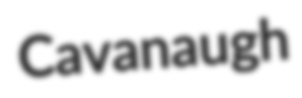
Cavanaugh